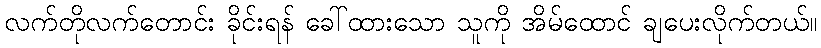
လက်တိုလက်တောင်း ခိုင်းရန် ခေါ်ထားသော သူကို အိမ်ထောင် ချပေးလိုက်တယ်။